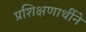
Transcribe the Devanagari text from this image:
प्रशिक्षणार्थीने